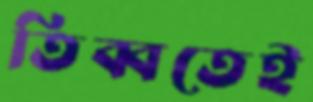
তিব্বতেই